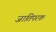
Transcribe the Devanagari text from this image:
जातिपरक